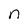
Character: n